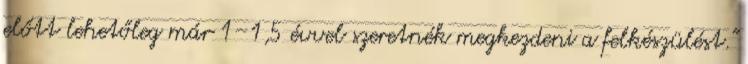
előtt lehetőleg már 1–1,5 évvel szeretnék megkezdeni a felkészülést."